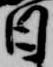
日